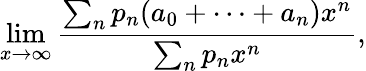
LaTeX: \operatorname*{lim}_{x\rightarrow\infty}{\frac{\sum_{n}p_{n}(a_{0}+\cdots+a_{n})x^{n}}{\sum_{n}p_{n}x^{n}}},